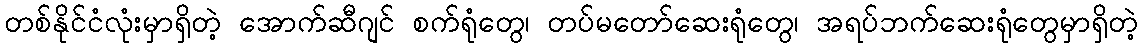
တစ်နိုင်ငံလုံးမှာရှိတဲ့ အောက်ဆီဂျင် စက်ရုံတွေ၊ တပ်မတော်ဆေးရုံတွေ၊ အရပ်ဘက်ဆေးရုံတွေမှာရှိတဲ့